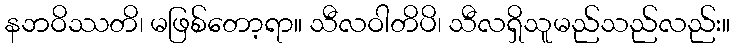
နဘဝိဿတိ၊ မဖြစ်တော့ရာ။ သီလဝါတိပိ၊ သီလရှိသူမည်သည်လည်း။